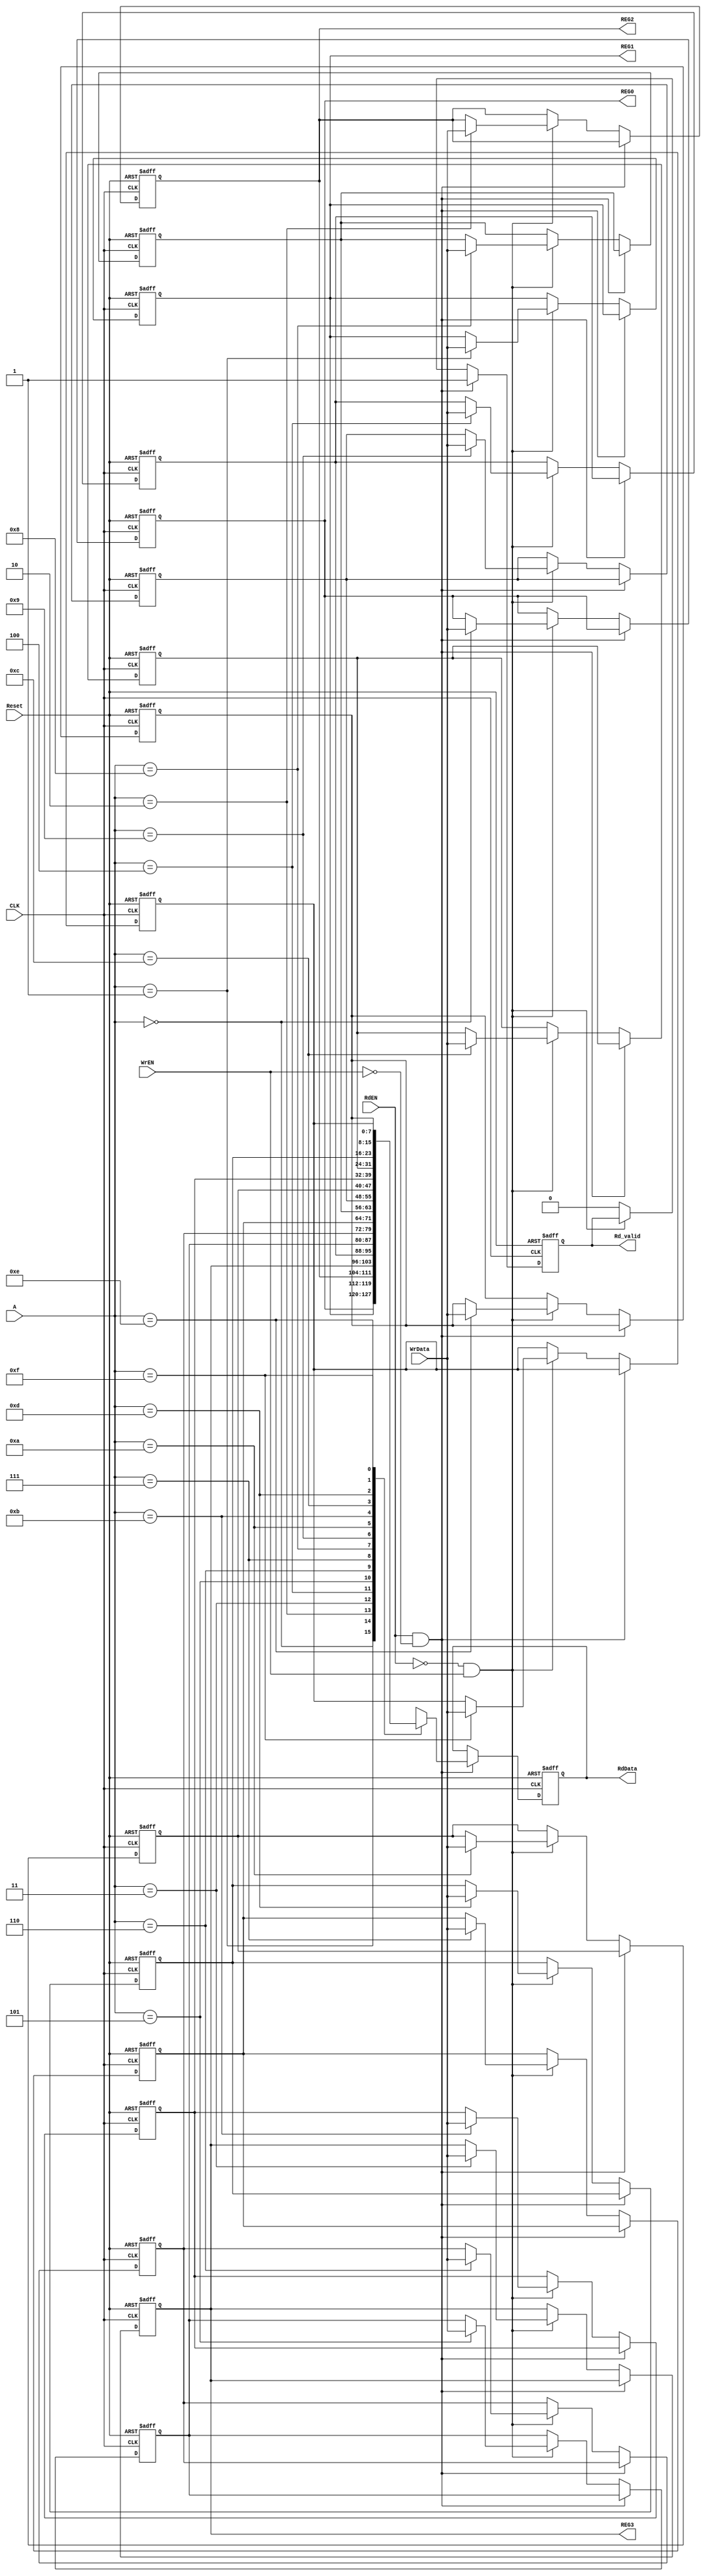
module RegFile #(parameter width = 8, parameter depth = 16)(
    //input & output ports
    input   wire                       CLK,
    input   wire                       Reset,
    input   wire                       WrEN,
    input   wire                       RdEN,
    input   wire [width-1:0]           WrData,
    input   wire [$clog2(depth)-1:0]   A, // adress
    output  wire [width-1:0]           REG0,
    output  wire [width-1:0]           REG1,
    output  wire [width-1:0]           REG2,
    output  wire [width-1:0]           REG3,
    output  reg  [width-1:0]           RdData,
    output  reg                        Rd_valid
);

integer i;

reg [width-1:0] reg_file [depth-1:0];

always @(posedge CLK, negedge Reset) begin
    
    if (!Reset) begin
        
        RdData <= 0;
        Rd_valid <= 0;

        for (i = 0; i<depth; i=i+1) begin
            if (i == 2) begin
                reg_file[i] <= 'b001000_01;
            end
            else if (i == 3) begin
                reg_file[i] <= 'b0000_1000;
            end
            else begin
                reg_file[i] <= 'b0;    
            end
             
        end

    end

    else if (RdEN && !WrEN) begin
        RdData <= reg_file[A];
        Rd_valid <= 1;
    end

    else if (!RdEN && WrEN) begin
        reg_file[A] <= WrData;
    end
    else begin
        Rd_valid <= 0;
    end
end

assign REG0 = reg_file[0];
assign REG1 = reg_file[1];
assign REG2 = reg_file[2];
assign REG3 = reg_file[3];
    
endmodule